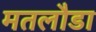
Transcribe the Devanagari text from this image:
मतलौडा